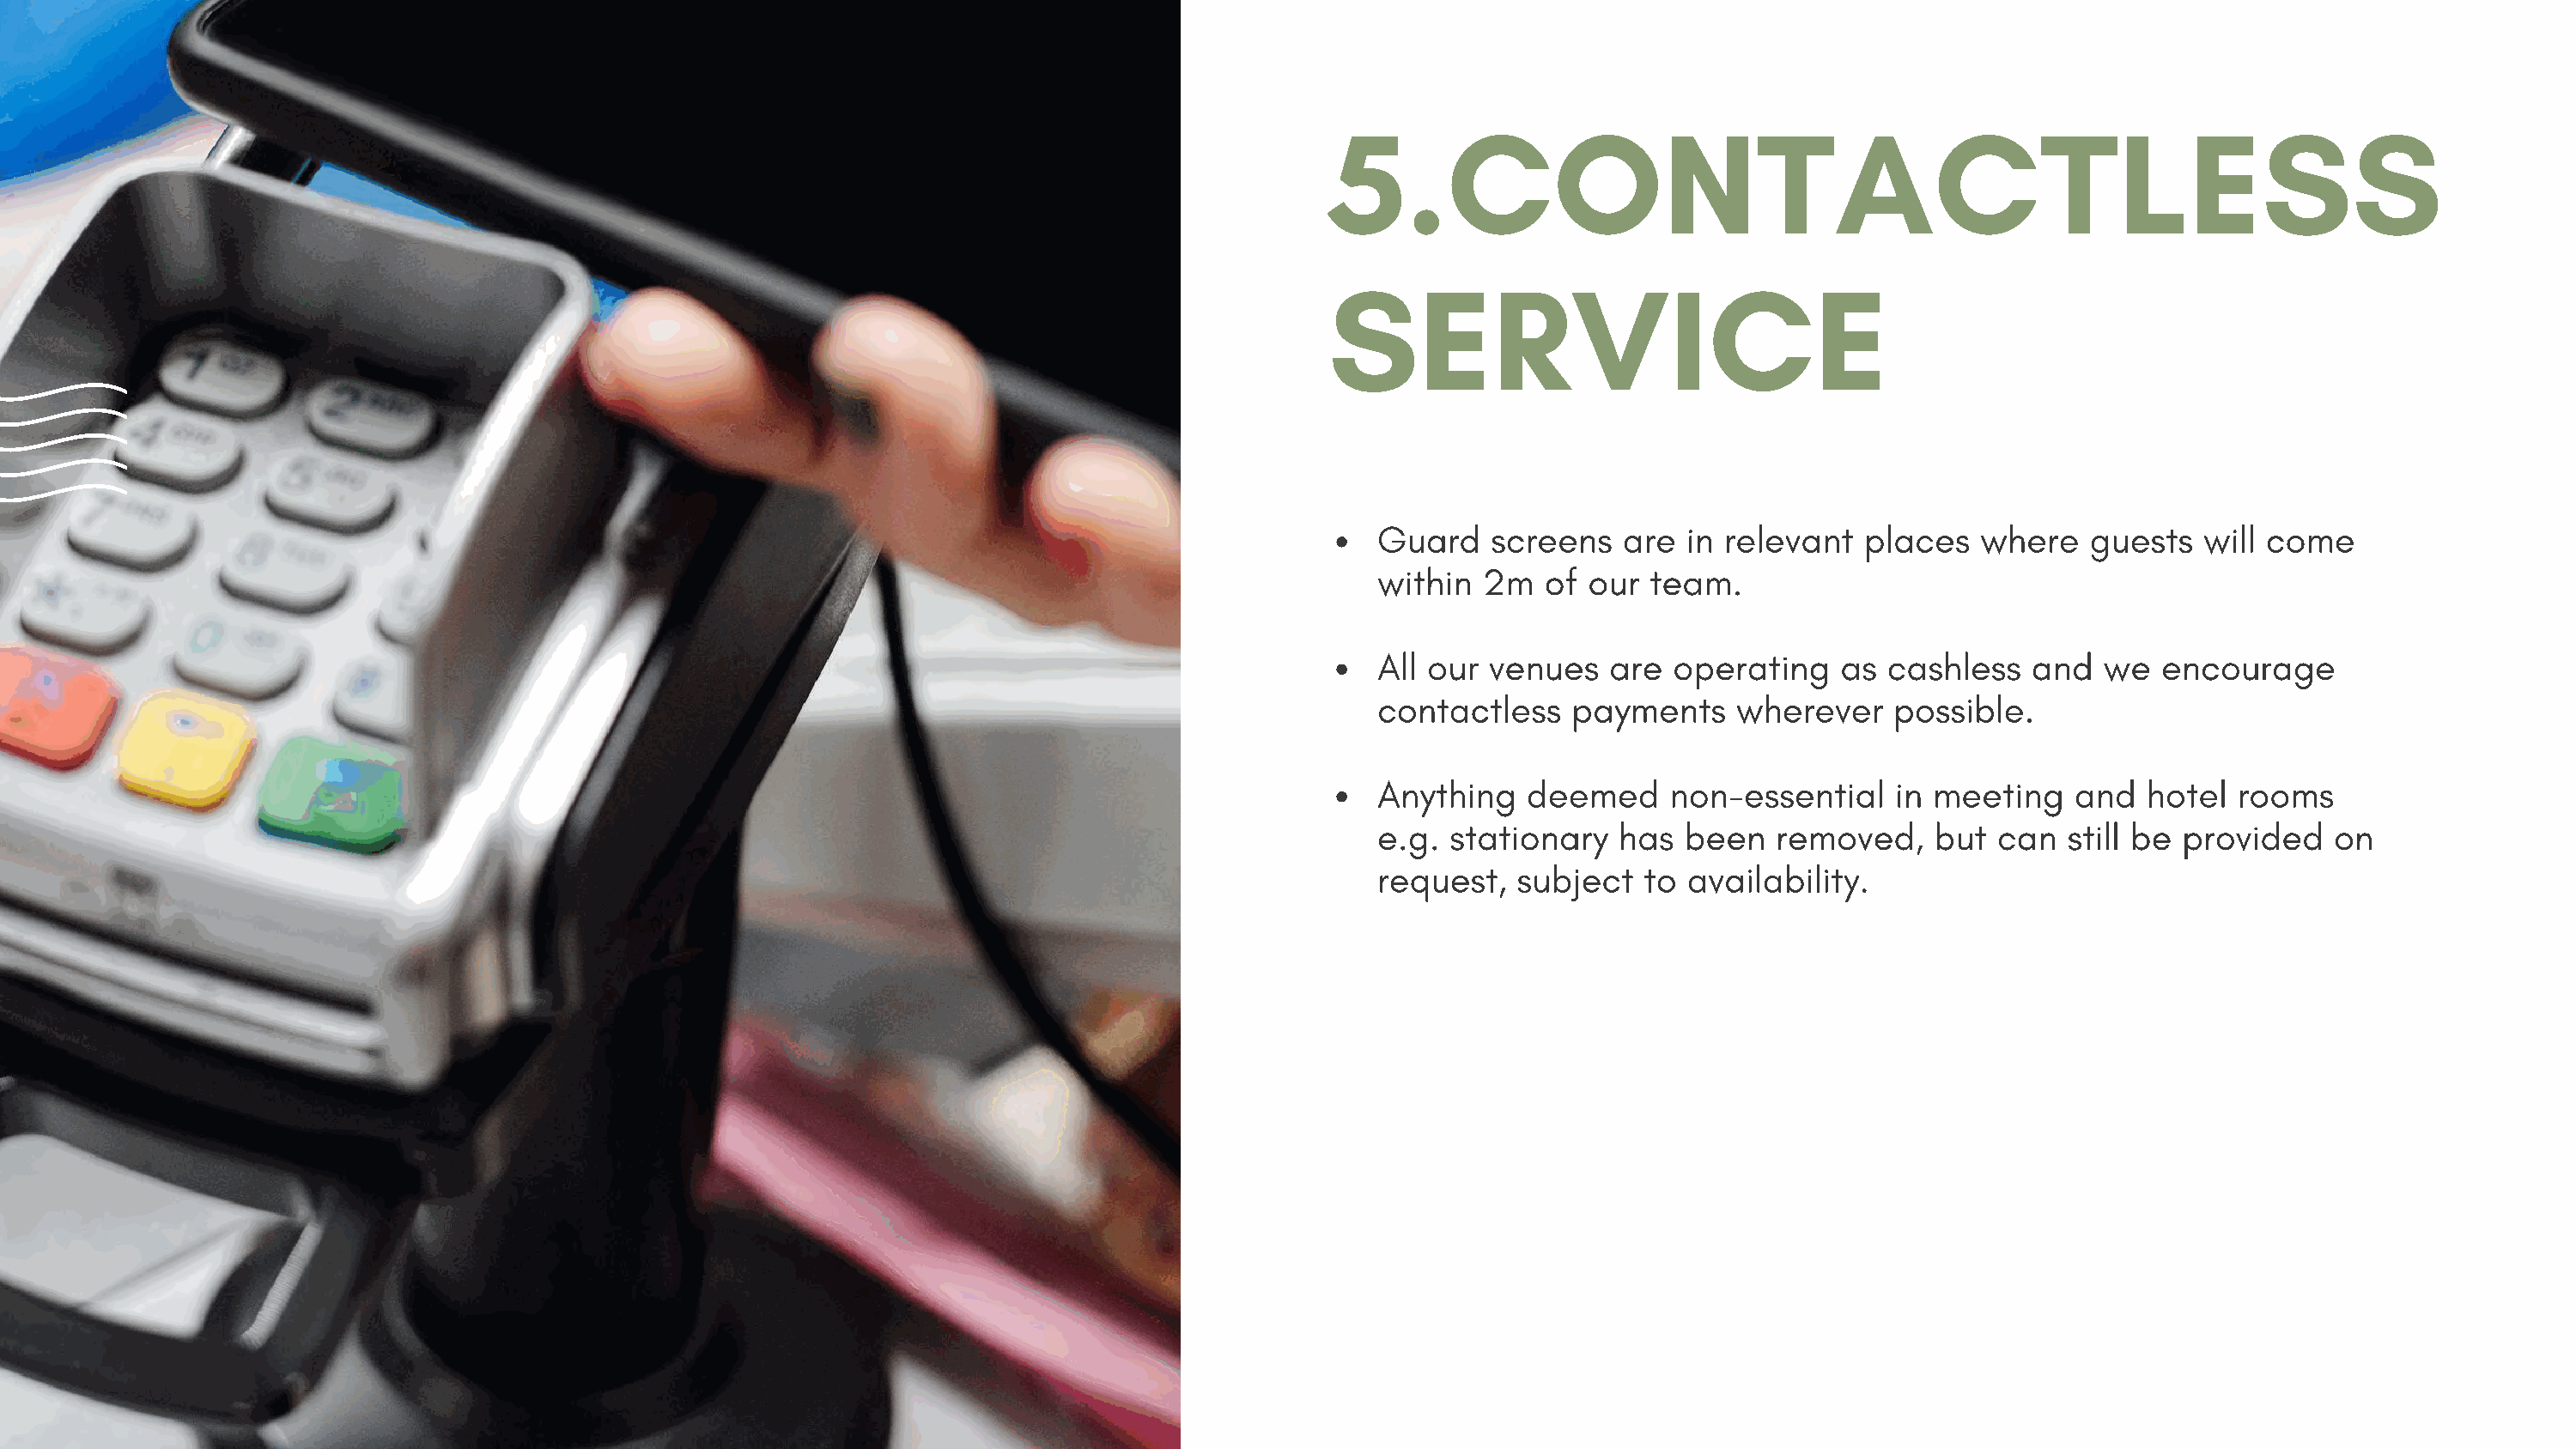
5.CONTACTLESS
 SERVICE
 Guard    screens   are  in relevant   places   where   guests   will come
 within  2m   of our  team.
 All our  venues   are  operating    as cashless    and  we   encourage
 contactless    payments     wherever    possible.
 Anything    deemed     non-essential    in meeting    and  hotel   rooms
 e.g.  stationary   has  been   removed,    but  can  still be provided    on
 request,   subject   to availability.